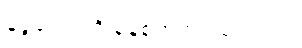
ငွေကြေးကို စနစ်တကျ သုံးတယ်။